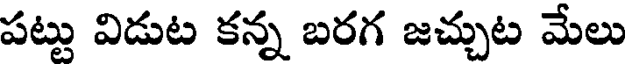
పట్టు విడుట కన్న బరగ జచ్చుట మేలు